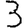
Digit: 3